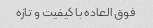
فوق العاده با کیفیت و تازه